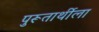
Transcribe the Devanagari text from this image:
पुरूतार्थीला